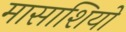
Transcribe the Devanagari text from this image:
मासाशियो